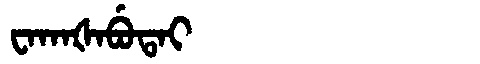
Manchu: ᠸᠠᡴᠠᡧᠠᠪᡠᡨᠠᡳ
Romanization: WAKAŠABUTAI